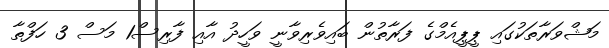
މަޝްވަރާތަކުގައި ޕީޕީއެމްގެ ފަރާތުން ބައިވެރިވާނީ ވަހީދު އާއި ފާރިސް1 މަސް 3 ހަފްތާ